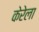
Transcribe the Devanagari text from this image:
केरेला